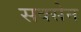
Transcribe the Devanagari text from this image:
सक्सेन